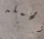
الحمله